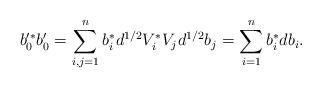
LaTeX: \begin{align*}b_0'^\ast b_0' = \sum_{i,j=1}^n b_i^\ast d^{1/2} V_i^\ast V_j d^{1/2} b_j = \sum_{i=1}^n b_i^\ast d b_i.\end{align*}